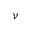
\nu